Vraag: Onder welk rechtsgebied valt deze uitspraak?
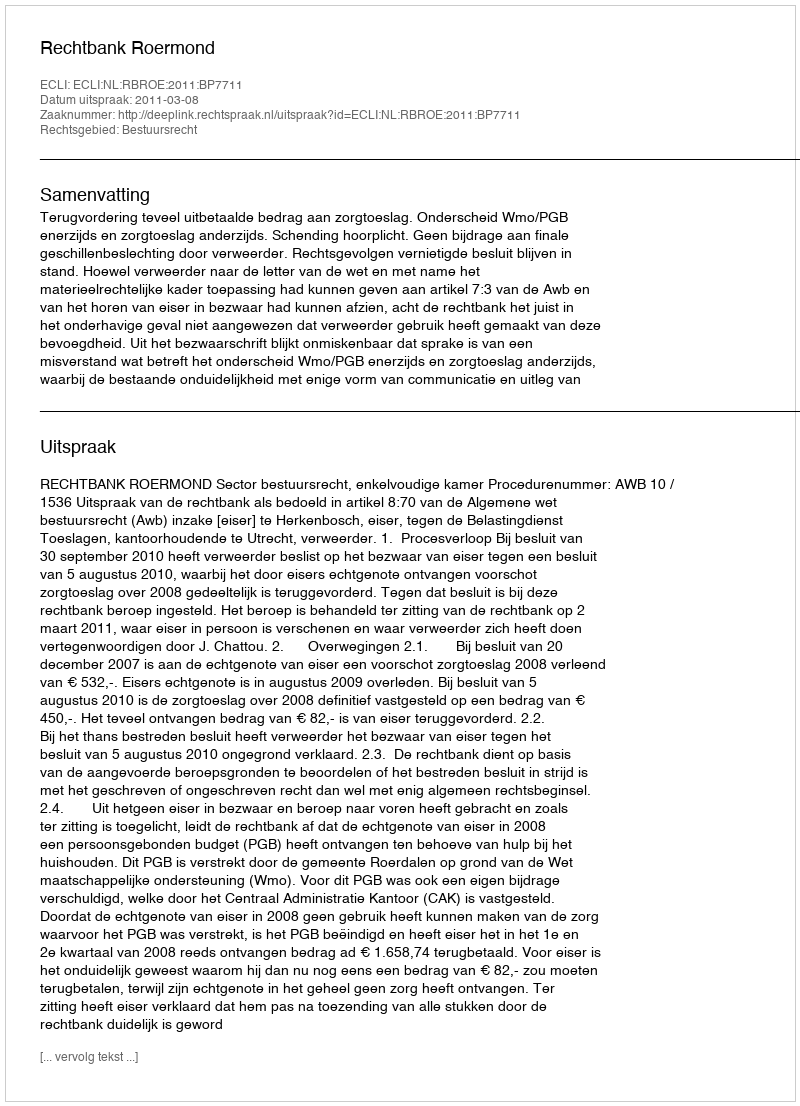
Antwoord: Bestuursrecht